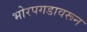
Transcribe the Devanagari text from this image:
भोरपगडावरून